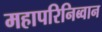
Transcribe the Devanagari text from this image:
महापरिनिब्वान